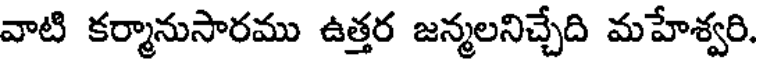
వాటి కర్మానుసారము ఉత్తర జన్మలనిచ్చేది మహేశ్వరి.